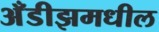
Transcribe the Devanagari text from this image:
अँडीझमधील